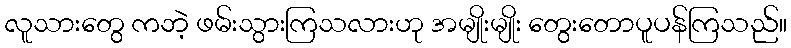
လူသားတွေ ကဘဲ့ ဖမ်းသွားကြသလားဟု အမျိုးမျိုး တွေးတောပူပန်ကြသည်။